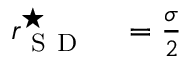
\begin{array} { r l } { r _ { \mathrm { ~ S ~ D ~ } } ^ { \star } } & { { } = \frac { \sigma } { 2 } } \end{array}